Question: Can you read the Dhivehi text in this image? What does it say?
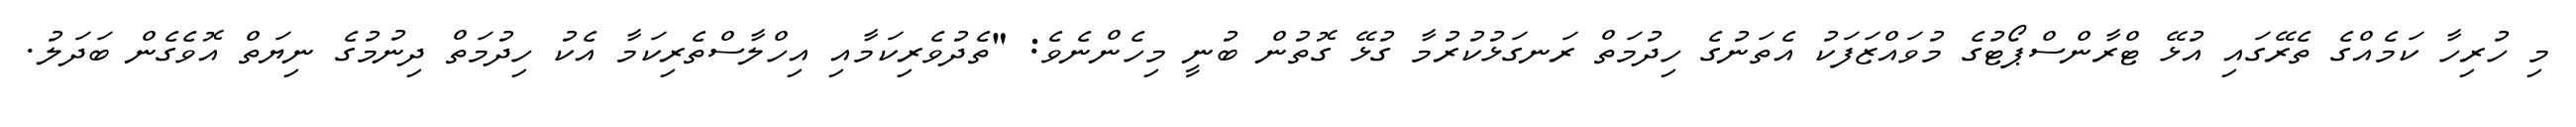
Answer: މި ހުރިހާ ކަމެއްގެ ތެރޭގައި އުޅޭ ޓްރާންސްޕޯޓުގެ މުވައްޒަފަކު އެތަނުގެ ހިދުމަތް ރަނގަޅުކުރުމާ ގުޅޭ ގޮތުން ބުނީ މިހެންނެވެ: "ތެދުވެރިކަމާއި އިހްލާސްތެރިކަމާ އެކު ހިދުމަތް ދިނުމުގެ ނިޔަތް އޮވެގެން ބަދަލު.